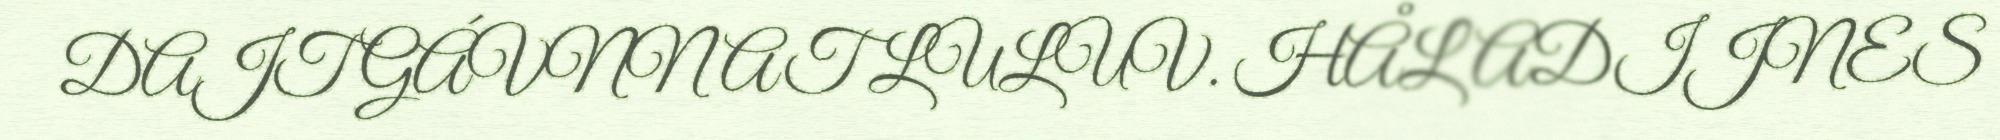
DAJT GÁVNNAT LULUV. HÅLADIJNES